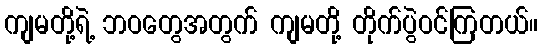
ကျမတို့ရဲ့ ဘဝတွေအတွက် ကျမတို့ တိုက်ပွဲဝင်ကြတယ်။